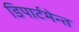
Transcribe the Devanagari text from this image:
डिपार्टमेन्त